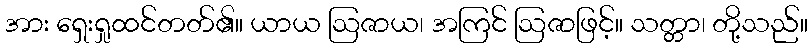
အား ရှေးရှုထင်တတ်၏။ ယာယ ဩဇာယ၊ အကြင် ဩဇာဖြင့်။ သတ္တာ၊ တို့သည်။